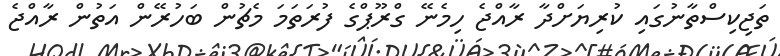
ތަޖިކިސްތާނުގައި ކުރިޔަށްދާ ރާއްޖެ ހިމެނޭ ގްރޫޕްގެ ފުރަތަމަ މެޗުން ބަހުރޭން އަތުން ރާއްޖެ